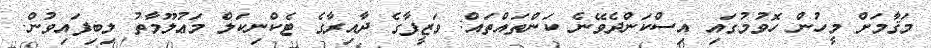
މަޤާމަށް މީހުން ހޮވުމުގައި އިސްކަންދެވޭނެ ކަންތައްތައް: ވަޒީފާގެ ދާއިރާގެ ޓެކްނިކަލް މަޢުލޫމާތު ލިބިފައިވުން.